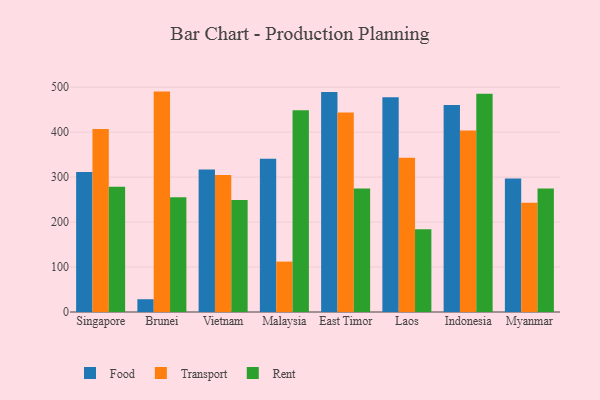
{"axis": {"x": "Country", "y": "Net Income (USD K)"}, "legend": ["Food", "Rent", "Transport"], "data": [{"x": "Singapore", "y": 311.3, "type": "Food"}, {"x": "Singapore", "y": 407.3, "type": "Transport"}, {"x": "Singapore", "y": 278.9, "type": "Rent"}, {"x": "Brunei", "y": 28.4, "type": "Food"}, {"x": "Brunei", "y": 490.3, "type": "Transport"}, {"x": "Brunei", "y": 255.5, "type": "Rent"}, {"x": "Vietnam", "y": 317.0, "type": "Food"}, {"x": "Vietnam", "y": 305.0, "type": "Transport"}, {"x": "Vietnam", "y": 249.3, "type": "Rent"}, {"x": "Malaysia", "y": 340.7, "type": "Food"}, {"x": "Malaysia", "y": 112.1, "type": "Transport"}, {"x": "Malaysia", "y": 448.7, "type": "Rent"}, {"x": "East Timor", "y": 489.2, "type": "Food"}, {"x": "East Timor", "y": 443.9, "type": "Transport"}, {"x": "East Timor", "y": 274.7, "type": "Rent"}, {"x": "Laos", "y": 477.6, "type": "Food"}, {"x": "Laos", "y": 343.3, "type": "Transport"}, {"x": "Laos", "y": 184.1, "type": "Rent"}, {"x": "Indonesia", "y": 460.3, "type": "Food"}, {"x": "Indonesia", "y": 403.6, "type": "Transport"}, {"x": "Indonesia", "y": 485.4, "type": "Rent"}, {"x": "Myanmar", "y": 296.9, "type": "Food"}, {"x": "Myanmar", "y": 243.1, "type": "Transport"}, {"x": "Myanmar", "y": 275.0, "type": "Rent"}]}